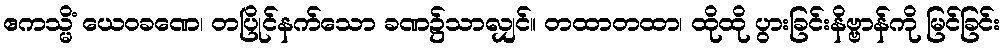
ဧကသ္မိံ ယေဝခဏေ၊ တပြိုင်နက်သော ခဏ၌သာလျှင်။ တထာတထာ၊ ထိုထို ပွားခြင်းနိဗ္ဗာန်ကို မြင်ခြင်း